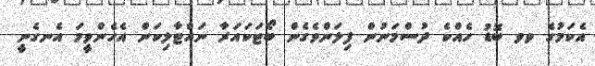
އެކަމުގެ ވވ ބޮޑު ހެއްކެ ދުސްމަނުން ފިލަންވެގެން ބޯޓަކައަރާ ނައްޓާލިކަން އެހެންވީމަ އެނގެނީ